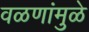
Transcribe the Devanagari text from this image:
वळणांमुळे